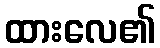
ထားလေ၏